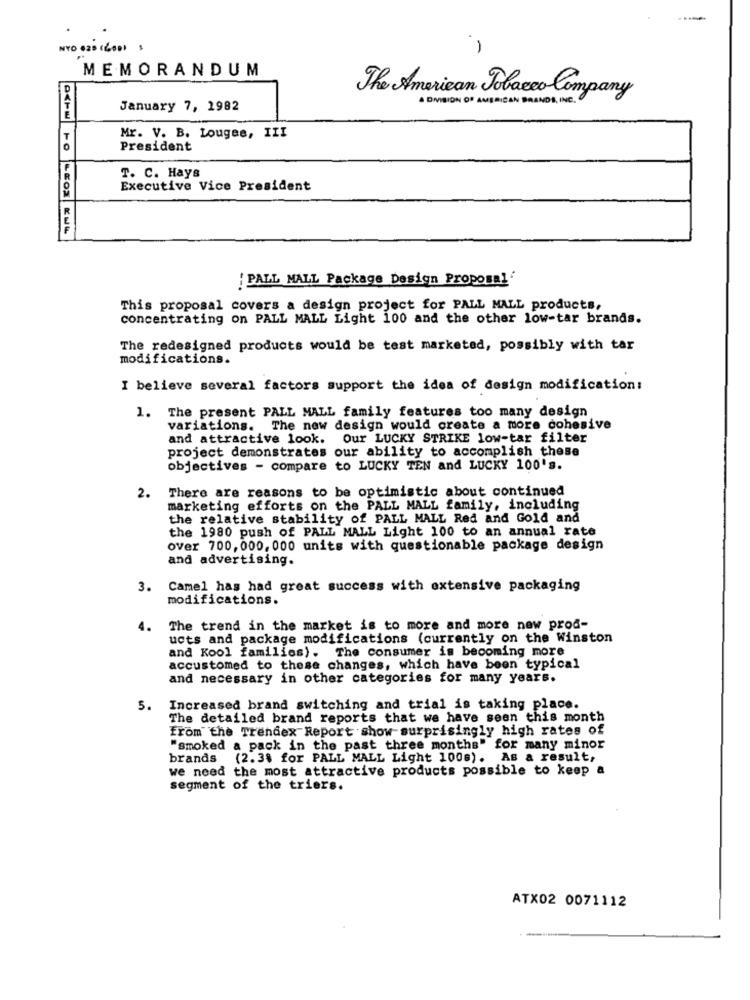
NYO 625 (600) 3
-
MEMORANDUM
The American Tobacco Company
A DIVISION OF AMERICAN BRANDS, INC.
January 7, 1982
T
Mr. V. B. Lougee, III
President
T. C. Hays
Executive Vice President
'PALL MALL Package Design Proposal'
This proposal covers a design project for PALL MALL products,
concentrating on PALL MALL Light 100 and the other low-tar brands.
The redesigned products would be test marketed, possibly with tar
modifications.
I believe several factors support the idea of design modification:
1. The present PALL MALL family features too many design
variations. The new design would create a more cohesive
and attractive look. Our LUCKY STRIKE low-tar filter
project demonstrates our ability to accomplish these
objectives - compare to LUCKY TEN and LUCKY 100's.
2. There are reasons to be optimistic about continued
marketing efforts on the PALL MALL family, including
the relative stability of PALL MALL Red and Gold and
the 1980 push of PALL MALL Light 100 to an annual rate
over 700,000, 000 units with questionable package design
and advertising.
3. Camel has had great success with extensive packaging
modifications.
4.
The trend in the market is to more and more new prod-
ucts and package modifications (currently on the Winston
and Kool families). The consumer is becoming more
accustomed to these changes, which have been typical
and necessary in other categories for many years.
5.
Increased brand switching and trial is taking place.
The detailed brand reports that we have seen this month
from the Trendex Report show surprisingly high rates of
"smoked a pack in the past three months" for many minor
brands (2.38 for PALL MALL Light 100s). As a result,
we need the most attractive products possible to keep a
segment of the triers.
ATX02 0071112